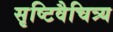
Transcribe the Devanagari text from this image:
सृष्टिवैचित्र्य